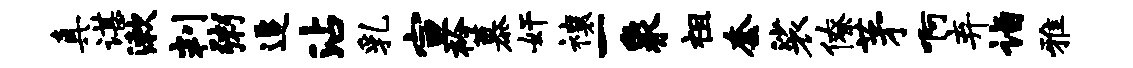
真谌漱判粥追沾乳宣衿慕奸禳一象祖套裟僚茅啊弃诣雅